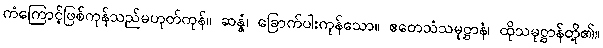
ကံကြောင့်ဖြစ်ကုန်သည်မဟုတ်ကုန်။ ဆန္နံ၊ ခြောက်ပါးကုန်သော။ ဧတေသံသမုဋ္ဌာနံ၊ ထိုသမုဋ္ဌာန်တို့၏။